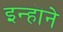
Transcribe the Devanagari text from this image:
इन्हॊने